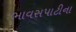
ભાવસપાટીના